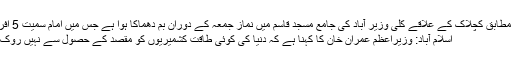
پولیس کے مطابق کچلاک کے علاقے کلی وزیر آباد کی جامع مسجد قاسم میں نماز جمعہ کے دوران بم دھماکا ہوا ہے جس میں امام سمیت 5 افراد شہید …
اسلام آباد: وزیراعظم عمران خان کا کہنا ہے کہ دنیا کی کوئی طاقت کشمیریوں کو مقصد کے حصول سے نہیں روک سکتی ہے۔